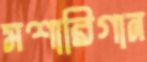
মশারিগান